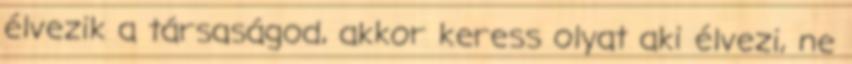
élvezik a társaságod, akkor keress olyat aki élvezi, ne